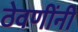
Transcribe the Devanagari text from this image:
ठेवणींनी